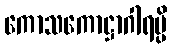
ကောသကောဋ္ဌာဂါရမ္ပိ